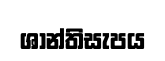
ශාන්තිසැපය